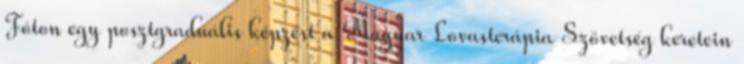
Fóton egy posztgraduális képzést a Magyar Lovasterápia Szövetség keretein